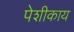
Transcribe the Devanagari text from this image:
पेशीकाय